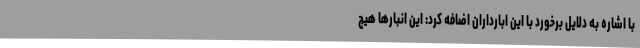
با اشاره به دلایل برخورد با این ابارداران اضافه کرد: این انبارها هیچ